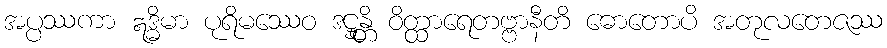
အပ္ပဿကာ ဣဒ္ဓိမာ ပုရိမဿေဝ ဒဋ္ဌုန္တိ ဝိတ္ထာရေတဗ္ဗာနီတိ ဓောတောပိ အတုလတေဇဿ